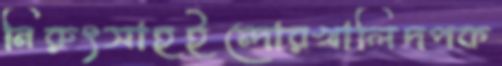
নিরুৎসাহইন্দোরখালিদপক